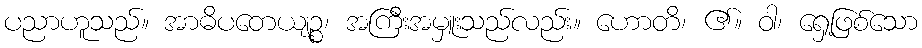
ပညာဟူသည်။ အာဓိပတေယျဉ္စ၊ အကြီးအမှူးသည်လည်း။ ဟောတိ၊ ၏။ ဝါ၊ ရှေ့ဖြစ်သော